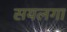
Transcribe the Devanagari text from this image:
सयलगा